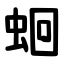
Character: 蛔